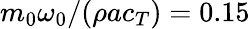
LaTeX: m_{0}\omega_{0}/(\rho ac_{T})=0.15